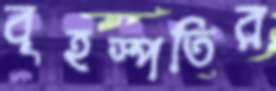
বৃহস্পতির